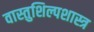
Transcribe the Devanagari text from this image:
वास्तुशिल्पशास्त्र